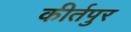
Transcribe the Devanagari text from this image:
कीर्तपुर